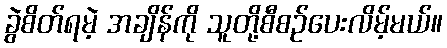
ခွဲစိတ်ရမဲ့ အချိန်ကို သူတို့စီစဉ်ပေးလိမ့်မယ်။